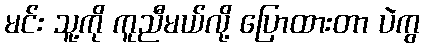
မင်း သူ့ကို ကူညီမယ်လို့ ပြောထားတာ ပဲကွ